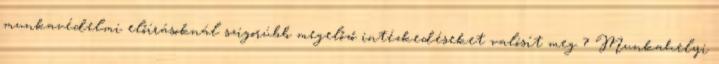
munkavédelmi előírásoknál szigorúbb megelőző intézkedéseket valósít meg 7 Munkahelyi